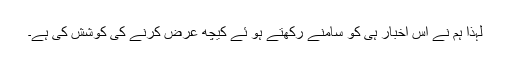
لہٰذا ہم نے اس اخبار ہی کو سامنے رکھتے ہو ئے کیچھ عرض کرنے کی کوشش کی ہے۔